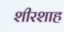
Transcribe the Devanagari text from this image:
शीरशाह